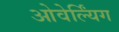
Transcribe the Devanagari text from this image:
ओवेर्ल्यिंग